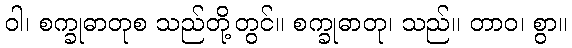
ဝါ၊ စက္ခုဓာတုစ သည်တို့တွင်။ စက္ခုဓာတု၊ သည်။ တာဝ၊ စွာ။